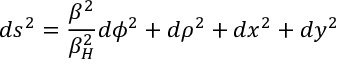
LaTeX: d s ^ { 2 } = { \frac { \beta ^ { 2 } } { \beta _ { H } ^ { 2 } } } d \phi ^ { 2 } + d \rho ^ { 2 } + d x ^ { 2 } + d y ^ { 2 }